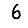
Digit: 6